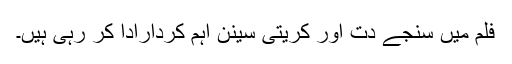
فلم میں سنجے دت اور کریتی سینن اہم کردارادا کر رہی ہیں۔